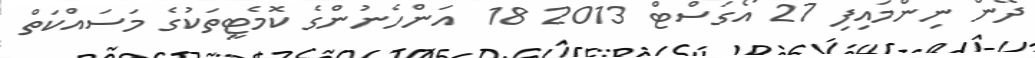
ދޭން ނިންމައިފި 27 އޯގަސްޓް 2013 18  އަންހެނުންގެ ކޮމެޓީތަކުގެ މަސައްކަތް